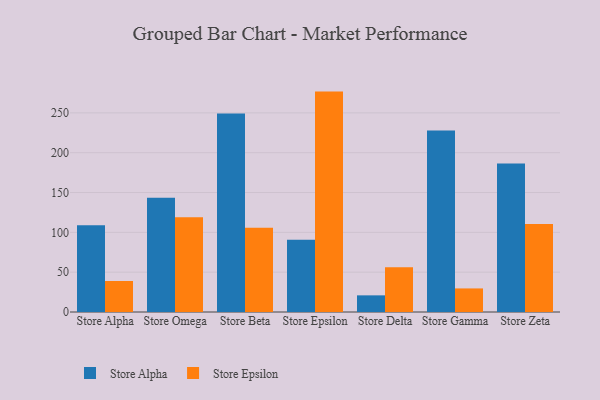
{"axis": {"x": "Store", "y": "Tickets Resolved"}, "legend": ["Store Alpha", "Store Epsilon"], "data": [{"x": "Store Alpha", "y": 108.9, "type": "Store Alpha"}, {"x": "Store Alpha", "y": 38.9, "type": "Store Epsilon"}, {"x": "Store Omega", "y": 143.4, "type": "Store Alpha"}, {"x": "Store Omega", "y": 118.9, "type": "Store Epsilon"}, {"x": "Store Beta", "y": 249.3, "type": "Store Alpha"}, {"x": "Store Beta", "y": 105.8, "type": "Store Epsilon"}, {"x": "Store Epsilon", "y": 90.8, "type": "Store Alpha"}, {"x": "Store Epsilon", "y": 276.7, "type": "Store Epsilon"}, {"x": "Store Delta", "y": 20.9, "type": "Store Alpha"}, {"x": "Store Delta", "y": 56.2, "type": "Store Epsilon"}, {"x": "Store Gamma", "y": 227.8, "type": "Store Alpha"}, {"x": "Store Gamma", "y": 29.6, "type": "Store Epsilon"}, {"x": "Store Zeta", "y": 186.5, "type": "Store Alpha"}, {"x": "Store Zeta", "y": 110.6, "type": "Store Epsilon"}]}